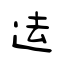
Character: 迲